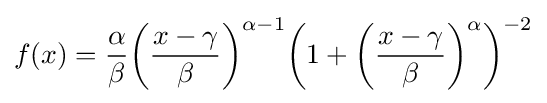
f(x)={\frac {\alpha }{\beta }}{\bigg (}{\frac {x-\gamma }{\beta }}{\bigg )}^{\alpha -1}{\bigg (}1+{\bigg (}{\frac {x-\gamma }{\beta }}{\bigg )}^{\alpha }{\bigg )}^{-2}